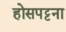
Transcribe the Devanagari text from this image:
होसपट्टना